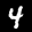
Label: 4